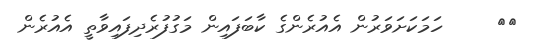
٦٩     ހަމަކަށަވަރުން އެއުރެންގެ ކާބަފައިން މަގުފުރެދިފައިވާތީ އެއުރެން